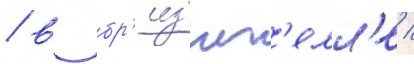
/ в бр'из'иг'елл'е /